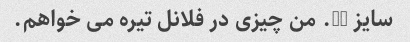
سایز 41. من چیزی در فلانل تیره می خواهم.